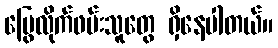
မြွေလိုက်ဖမ်းသူတွေ ရှိနေပါတယ်။